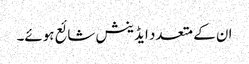
ان کے متعدد ایڈینش شائع ہوئے۔